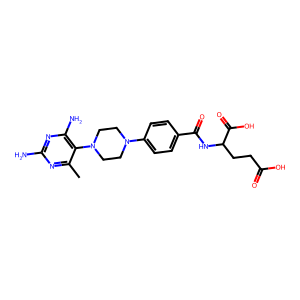
SMILES: Cc1nc(N)nc(N)c1N1CCN(c2ccc(C(=O)NC(CCC(=O)O)C(=O)O)cc2)CC1
Inhibits HIV replication: No